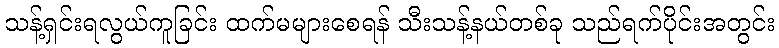
သန့်ရှင်းရလွယ်ကူခြင်း ထက်မများစေရန် သီးသန့်နယ်တစ်ခု သည်ရက်ပိုင်းအတွင်း